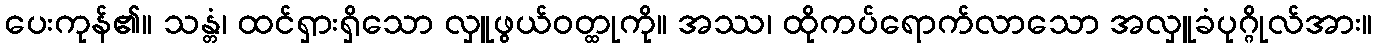
ပေးကုန်၏။ သန္တံ၊ ထင်ရှားရှိသော လှူဖွယ်ဝတ္ထုကို။ အဿ၊ ထိုကပ်ရောက်လာသော အလှူခံပုဂ္ဂိုလ်အား။